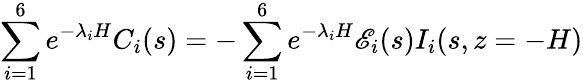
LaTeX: \sum_{i=1}^{6}e^{-\lambda_{i}H}C_{i}(s)=-\sum_{i=1}^{6}e^{-\lambda_{i}H}\mathscr{E}_{i}(s)I_{i}(s,z=-H)